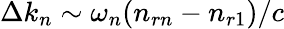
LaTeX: \Delta k_{n}\sim\omega_{n}(n_{rn}-n_{r1})/c